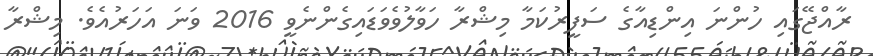
ރާއްޖޭގައި ހުންނަ އިންޑިއާގެ ސަފީރުކަމާ މިޝްރާ ހަވާލުވެވަޑައިގެންނެވީ 2016 ވަނަ އަހަރުއެވެ. މިޝްރާ